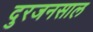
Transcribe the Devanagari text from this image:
दुरजनसाल